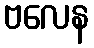
ဗလေန